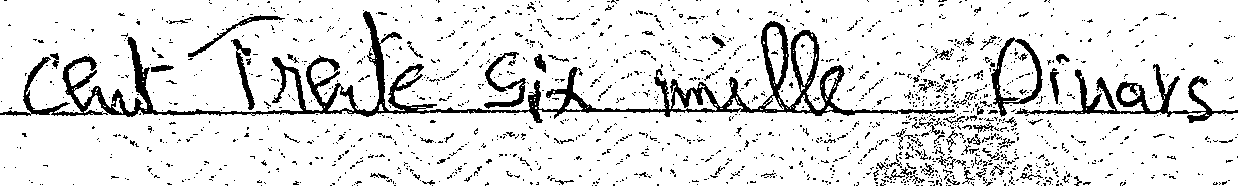
cent Trente Six mille Dinars